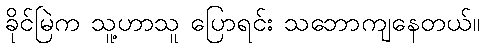
ခိုင်မြဲက သူ့ဟာသူ ပြောရင်း သဘောကျနေတယ်။